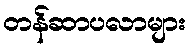
တန်ဆာပလာများ